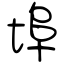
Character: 埠